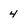
Character: 4